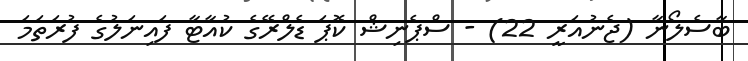
ބާސެލޯނާ (ޖެނުއަރީ 22) - ސްޕެނިޝް ކޮޕަ ޑެލްރޭގެ ކުއާޓާ ފައިނަލުގެ ފުރަތަމަ